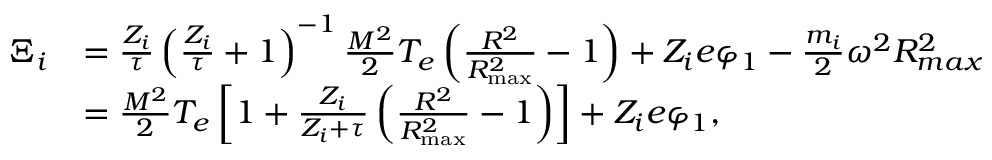
\begin{array} { r l } { \Xi _ { i } } & { = \frac { Z _ { i } } { \tau } \left( \frac { Z _ { i } } { \tau } + 1 \right) ^ { - 1 } \frac { M ^ { 2 } } { 2 } T _ { e } \left( \frac { R ^ { 2 } } { R _ { \mathrm { m a x } } ^ { 2 } } - 1 \right) + Z _ { i } e \varphi _ { 1 } - \frac { m _ { i } } { 2 } \omega ^ { 2 } R _ { m a x } ^ { 2 } } \\ & { = \frac { M ^ { 2 } } { 2 } T _ { e } \left[ 1 + \frac { Z _ { i } } { Z _ { i } + \tau } \left( \frac { R ^ { 2 } } { R _ { \mathrm { m a x } } ^ { 2 } } - 1 \right) \right] + Z _ { i } e \varphi _ { 1 } , } \end{array}